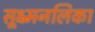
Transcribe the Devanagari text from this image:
सूक्ष्मनलिका